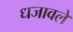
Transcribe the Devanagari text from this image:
धजावले